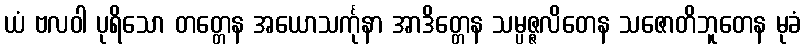
ယံ ဗလဝါ ပုရိသော တတ္တေန အယောသင်္ကုနာ အာဒိတ္တေန သမ္ပဇ္ဇလိတေန သဇောတိဘူတေန မုခံ